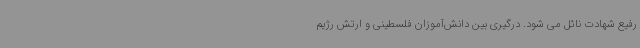
رفیع شهادت نائل می شود. درگیری‌ بین دانش‌آموزان فلسطینی و ارتش رژیم